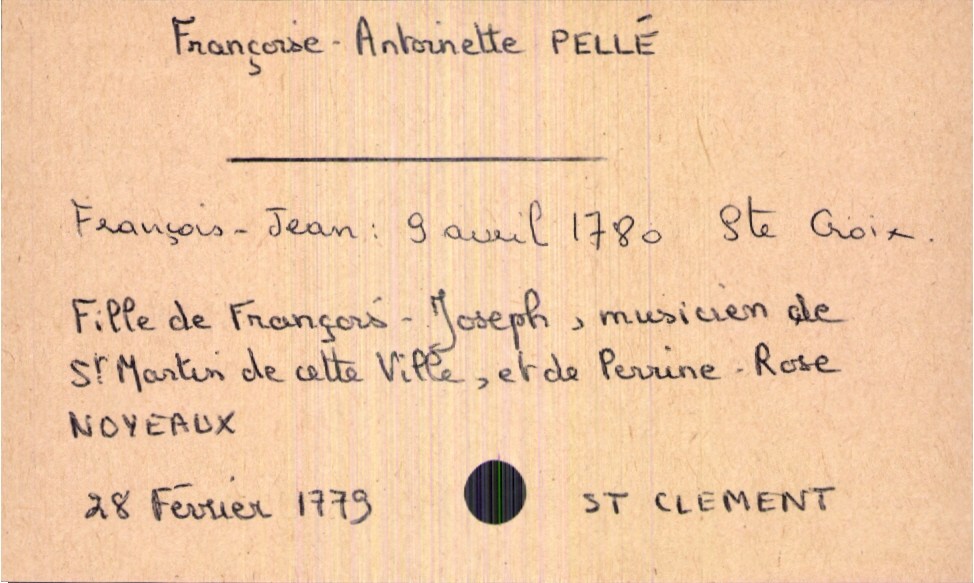
type_acte: Baptême
filiation: fille
enfant_prénom: Françoise-Antoinette
enfant_date_de_naissance: 28 février 1779
enfant_lieu_de_naissance: Saint-Clement
père_enfant_nom: Pellé
père_enfant_prénom: François-Joseph
père_enfant_profession: musicien de Saint Martin de cette ville
mère_enfant_nom: Noyeaux
mère_enfant_prénom: Perrine-Rose